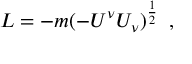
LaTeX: L = - m ( - U ^ { \nu } U _ { \nu } ) ^ { \frac { 1 } { 2 } } \, \, \, ,